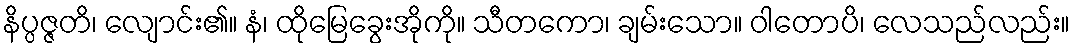
နိပ္ပဇ္ဇတိ၊ လျောင်း၏။ နံ၊ ထိုမြေခွေးအိုကို။ သီတကော၊ ချမ်းသော။ ဝါတောပိ၊ လေသည်လည်း။